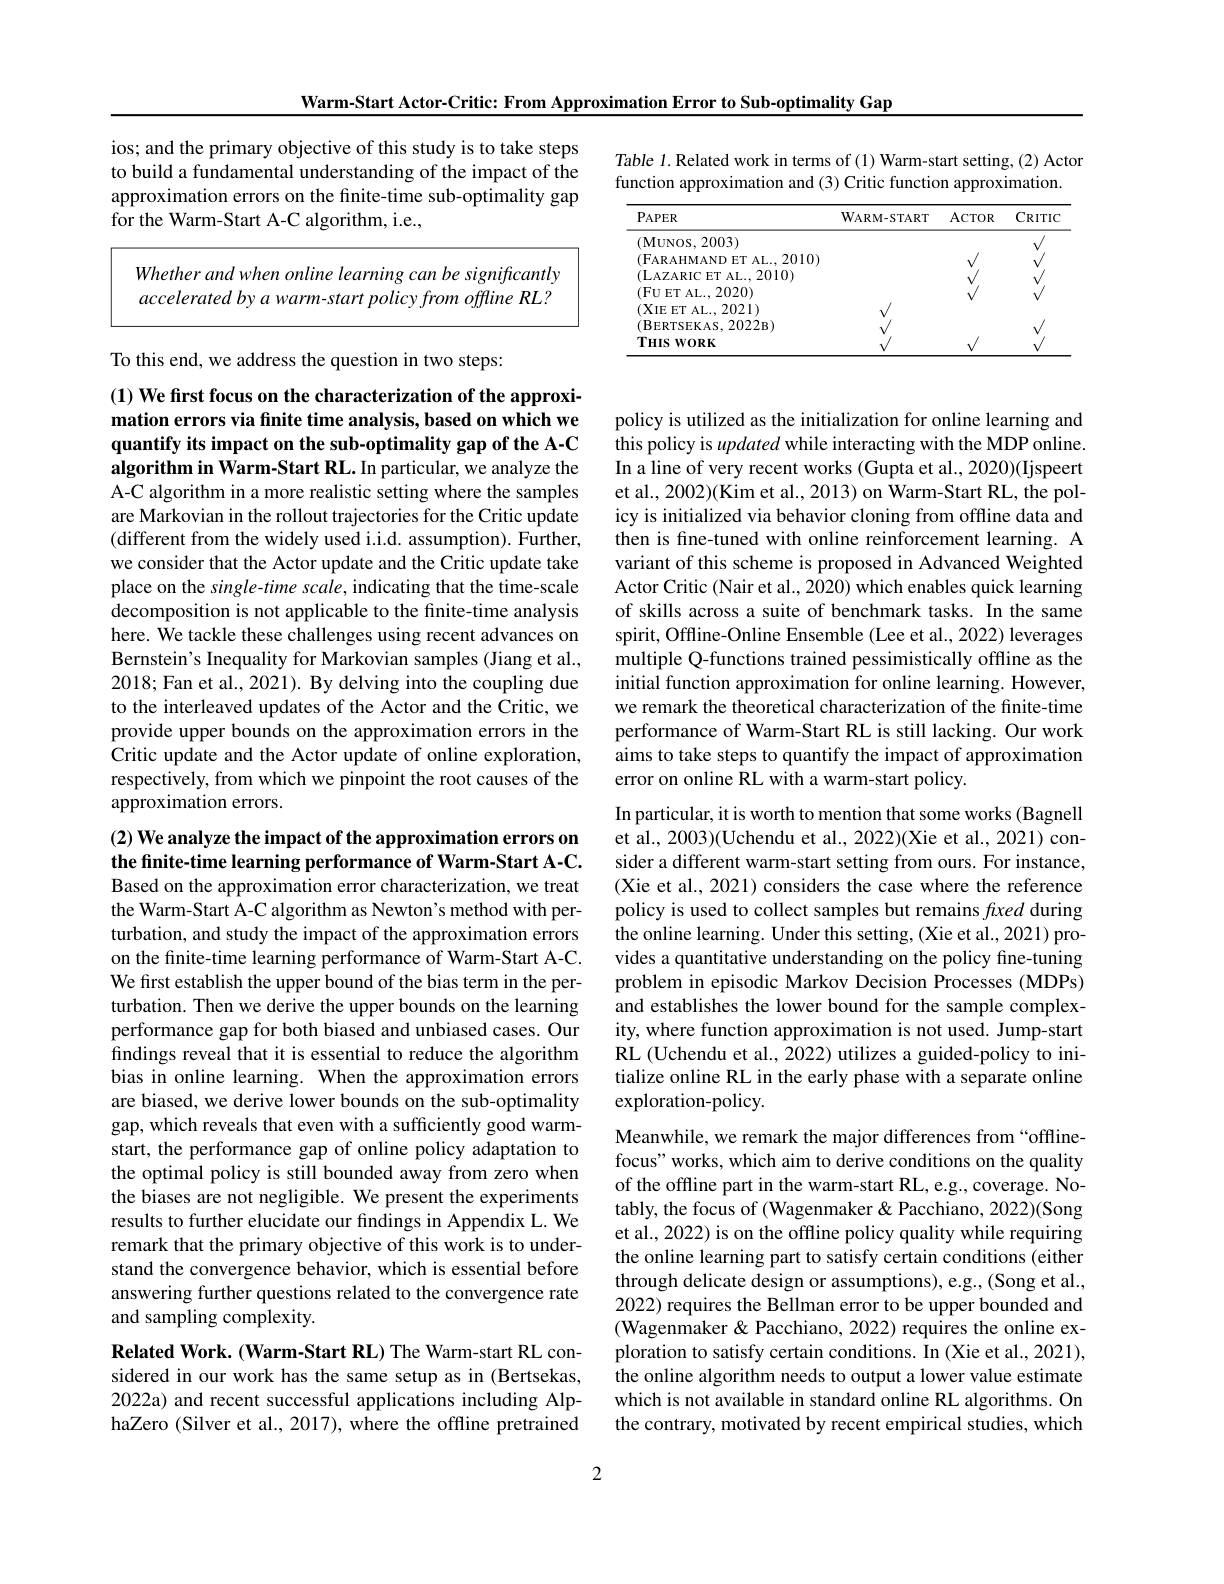
Warm-Start Actor-Critic: From Approximation Error to Sub-optimality Gap

ios; and the primary objective of this study is to take steps

to build a fundamental understanding of the impact of the

approximation errors on the finite-time sub-optimality gap

for the Warm-Start A-C algorithm, i.e.,

Whether and when online learning can be significantly

accelerated by a warm-start policy from offline RL?

To this end, we address the question in two steps:

(1) We frst focus on the characterization of the approximation errors via finite time analysis, based on which we quantify its impact on the sub-optimality gap of the A-C algorithm in Warm-Start RL. In particular, we analyze the

A-C algorithm in a more realistic setting where the samples are Markovian in the rollout trajectories for the Critic update (different from the widely used i.i.d. assumption). Further, we consider that the Actor update and the Critic update take place on the single-time scale, indicating that the time-scale decomposition is not applicable to the finite-time analysis here. We tackle these challenges using recent advances on Bernstein's Inequality for Markovian samples (Jiang et al., 2018; Fan et al., 2021). By delving into the coupling due to the interleaved updates of the Actor and the Critic, we provide upper bounds on the approximation errors in the Critic update and the Actor update of online exploration, respectively, from which we pinpoint the root causes of the approximation errors.

## (2) We analyze the impact of the approximation errors on the finite-time learning performance of Warm-Start A-C. Based on the approximation error characterization, we treat

the Warm-Start A-C algorithm as Newton's method with perturbation, and study the impact of the approximation errors on the finite-time learning performance of Warm-Start A-C. We first establish the upper bound of the bias term in the perturbation. Then we derive the upper bounds on the learning performance gap for both biased and unbiased cases. Our findings reveal that it is essential to reduce the algorithm bias in online learning. When the approximation errors are biased, we derive lower bounds on the sub-optimality gap, which reveals that even with a sufficiently good warmstart, the performance gap of online policy adaptation to the optimal policy is still bounded away from zero when the biases are not negligible. We present the experiments results to further elucidate our findings in Appendix L. We remark that the primary objective of this work is to understand the convergence behavior, which is essential before answering further questions related to the convergence rate and sampling complexity.

Related Work. (Warm-Start RL) The Warm-start RL considered in our work has the same setup as in (Bertsekas, 2022a) and recent successful applications including AlphaZero (Silver et al., 2017), where the offline pretrained

Table 1. Related work in terms of (1) Warm-start setting, (2) Actor
function approximation and (3) Critic function approximation.

<table>
	<tbody>
		<tr>
			<th>$\mathbf{P}_{\mathrm{APER}}$</th>
			<th>$\mathbf{W}_{\mathrm{ARM-START}}$</th>
			<th>ACTOR</th>
			<th>$CRITIC$</th>
		</tr>
	</tbody>
</table>

policy is utilized as the initialization for online learning and this policy is updated while interacting with the MDP online In a line of very recent works (Gupta et al., 2020)(Ijspeert et al., 2002)(Kim et al., 2013) on Warm-Start RL, the policy is initialized via behavior cloning from offline data and then is fine-tuned with online reinforcement learning. A variant of this scheme is proposed in Advanced Weighted Actor Critic (Nair et al., 2020) which enables quick learning of skills across a suite of benchmark tasks. In the same spirit, Offline-Online Ensemble (Lee et al., 2022) leverages multiple Q-functions trained pessimistically offline as the initial function approximation for online learning. However, we remark the theoretical characterization of the finite-time performance of Warm-Start RL is still lacking. Our work aims to take steps to quantify the impact of approximation error on online RL with a warm-start policy.

In particular, it is worth to mention that some works (Bagnell et al., 2003)(Uchendu et al., 2022)(Xie et al., 2021) consider a different warm-start setting from ours. For instance, (Xie et al., 2021) considers the case where the reference policy is used to collect samples but remains fixed during the online learning. Under this setting, (Xie et al., 2021) provides a quantitative understanding on the policy fne-tuning problem in episodic Markov Decision Processes (MDPs) and establishes the lower bound for the sample complexity, where function approximation is not used. Jump-start RL (Uchendu et al., 2022) utilizes a guided-policy to initialize online RL in the early phase with a separate online exploration-policy.
Meanwhile, we remark the major differences from“offlinefocus" works, which aim to derive conditions on the quality

of the offline part in the warm-start RL,e.g., coverage. Notably, the focus of (Wagenmaker & Pacchiano, 2022)(Song et al., 2022) is on the offline policy quality while requiring the online learning part to satisfy certain conditions (either through delicate design or assumptions), e.g., (Song et al., 2022) requires the Bellman error to be upper bounded and (Wagenmaker & Pacchiano, 2022) requires the online exploration to satisfy certain conditions. In (Xie et al., 2021), the online algorithm needs to output a lower value estimate which is not available in standard online RL algorithms. On the contrary, motivated by recent empirical studies, which

2